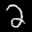
Label: 2